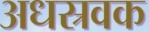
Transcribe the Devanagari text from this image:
अधस्रवक